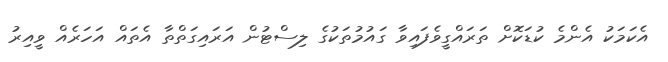
އެކަމަކު އެންމެ ކުޑަކޮށް ތަރައްގީވެފައިވާ ގައުމުތަކުގެ ލިސްޓުން އަރައިގަތްތާ އެތައް އަހަރެއް ވީއިރު